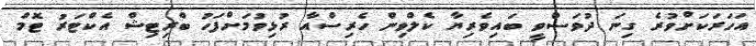
އަހަރަކަށްވުރެ ގިނަ ދުވަސްވީ ބައިވެރިޔާ ކެލްވިން ހެރިސްއާ ރުޅިވުމަށްފަހު ބްރިޓިޝް އެކްޓަރު ޓޮމް